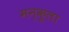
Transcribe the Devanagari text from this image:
मन्कूला